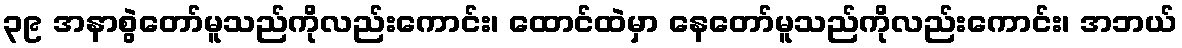
၃၉ အနာစွဲတော်မူသည်ကိုလည်းကောင်း၊ ထောင်ထဲမှာ နေတော်မူသည်ကိုလည်းကောင်း၊ အဘယ်